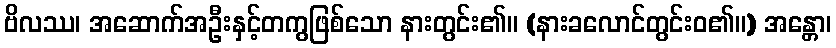
ဗိလဿ၊ အဆောက်အဦးနှင့်တကွဖြစ်သော နားတွင်း၏။ (နားခလောင်တွင်းဝ၏။) အန္တော၊